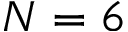
N = 6